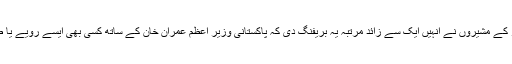
وزیر اعظم پاکستان کے دورہ امریکا کے بارے میں جو تفصیلات سامنے آئی ہیں ان کے مطابق امریکی صدر کے مشیروں نے انہیں ایک سے زائد مرتبہ یہ بریفنگ دی کہ پاکستانی وزیر اعظم عمران خان کے ساتھ کسی بھی ایسے رویے یا طرزعمل سے گریز کیا جائے جس کا فوری جواب سُپر پاور امریکا کے لیے جگ ہنسائی کا باعث بن سکتا ہو۔